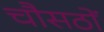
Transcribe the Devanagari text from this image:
चौसठों